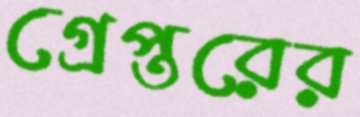
গ্রেপ্তরের